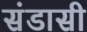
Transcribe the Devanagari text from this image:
संडासी